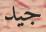
جيد